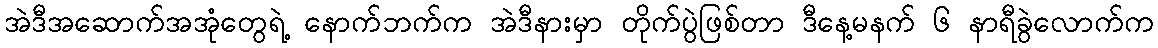
အဲဒီအဆောက်အအုံတွေရဲ့ နောက်ဘက်က အဲဒီနားမှာ တိုက်ပွဲဖြစ်တာ ဒီနေ့မနက် ၆ နာရီခွဲလောက်က